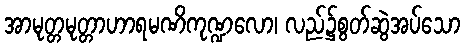
အာမုတ္တမုတ္တာဟာရမဏိကုဏ္ဍလော၊ လည်၌စွတ်ဆွဲအပ်သော